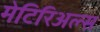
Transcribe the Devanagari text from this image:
मेटिरिअल्स